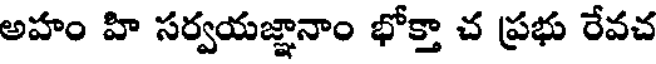
అహం హి సర్వయజ్ఞానాం భోక్తా చ ప్రభు రేవచ